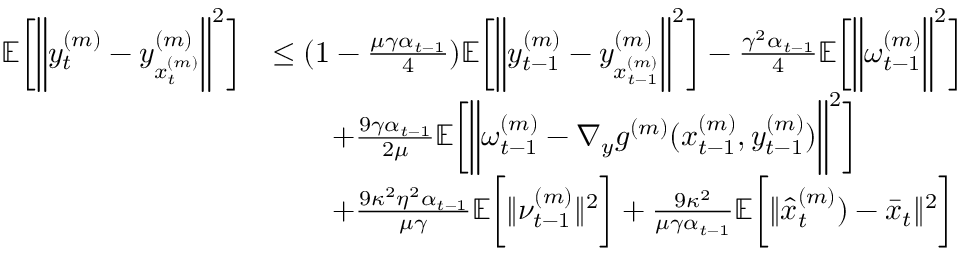
\begin{array} { r l } { \mathbb { E } \bigg [ \bigg \| y _ { t } ^ { ( m ) } - y _ { x _ { t } ^ { ( m ) } } ^ { ( m ) } \bigg \| ^ { 2 } \bigg ] } & { \leq ( 1 - \frac { \mu \gamma \alpha _ { t - 1 } } { 4 } ) \mathbb { E } \bigg [ \bigg \| y _ { t - 1 } ^ { ( m ) } - y _ { x _ { t - 1 } ^ { ( m ) } } ^ { ( m ) } \bigg \| ^ { 2 } \bigg ] - \frac { \gamma ^ { 2 } \alpha _ { t - 1 } } { 4 } \mathbb { E } \bigg [ \bigg \| \omega _ { t - 1 } ^ { ( m ) } \bigg \| ^ { 2 } \bigg ] } \\ & { \qquad + \frac { 9 \gamma \alpha _ { t - 1 } } { 2 \mu } \mathbb { E } \bigg [ \bigg \| \omega _ { t - 1 } ^ { ( m ) } - \nabla _ { y } g ^ { ( m ) } ( x _ { t - 1 } ^ { ( m ) } , y _ { t - 1 } ^ { ( m ) } ) \bigg \| ^ { 2 } \bigg ] } \\ & { \qquad + \frac { 9 \kappa ^ { 2 } \eta ^ { 2 } \alpha _ { t - 1 } } { \mu \gamma } \mathbb { E } \bigg [ \| \nu _ { t - 1 } ^ { ( m ) } \| ^ { 2 } \bigg ] + \frac { 9 \kappa ^ { 2 } } { \mu \gamma \alpha _ { t - 1 } } \mathbb { E } \bigg [ \| \hat { x } _ { t } ^ { ( m ) } ) - \bar { x } _ { t } \| ^ { 2 } \bigg ] } \end{array}